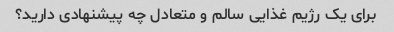
برای یک رژیم غذایی سالم و متعادل چه پیشنهادی دارید؟